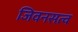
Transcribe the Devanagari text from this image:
जिवनसत्व